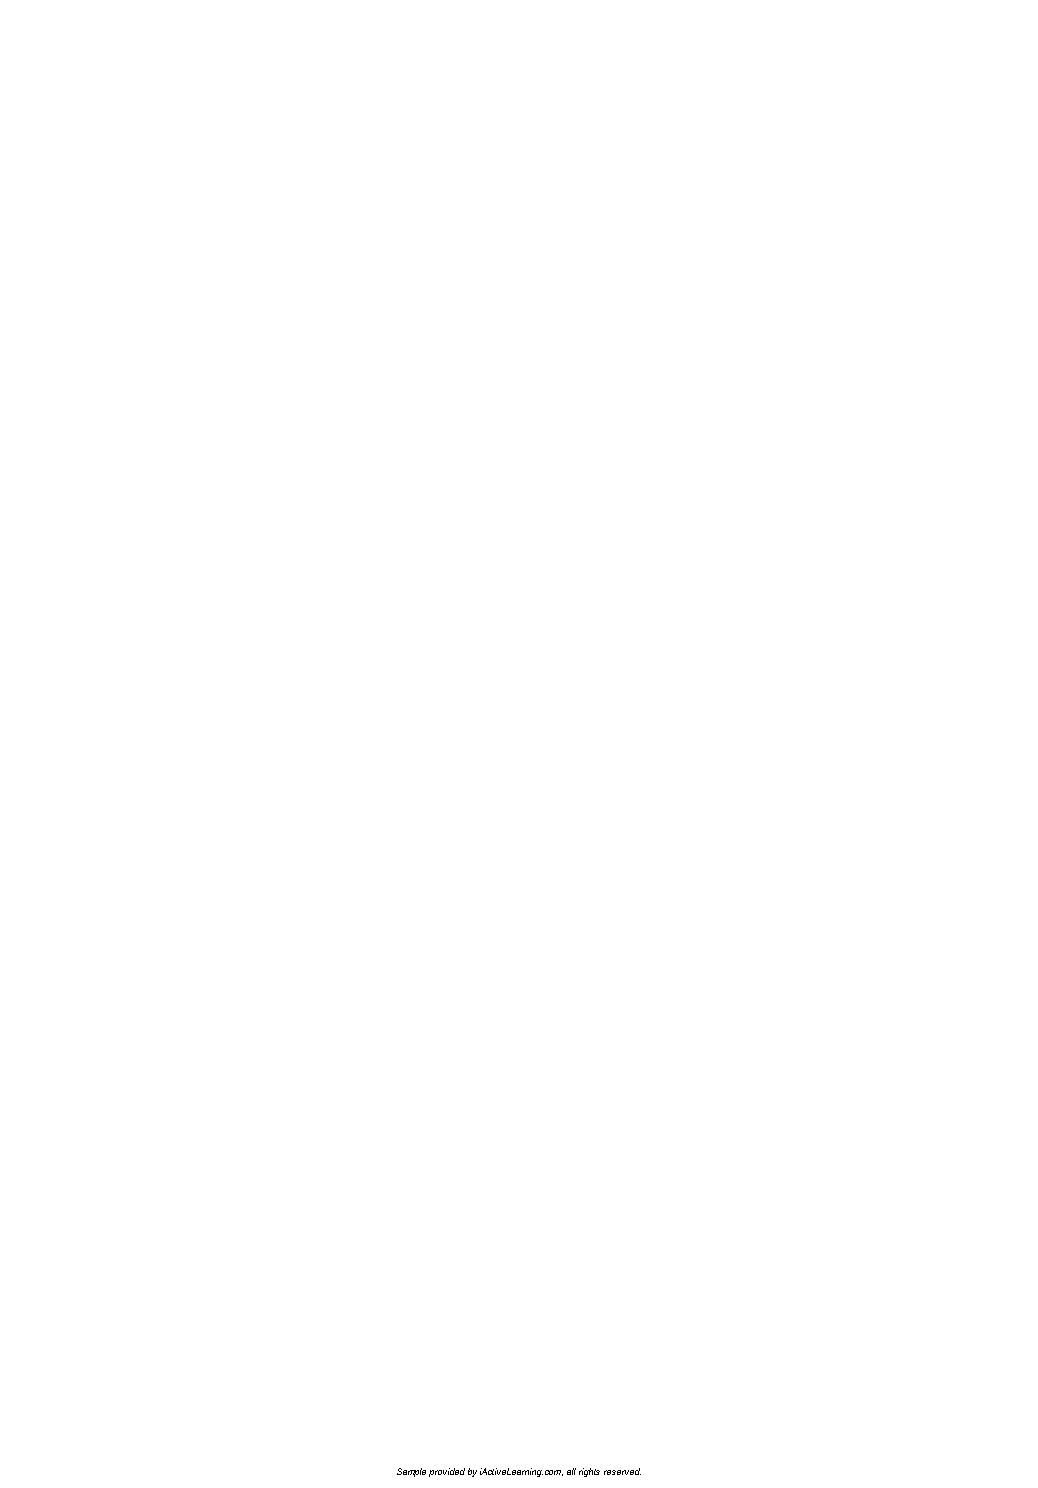
Sample provided by iActiveLearning.com, all rights reserved.
 LTL2_FINALpp.indd 6                                         11/4/09 3:21:07 PM